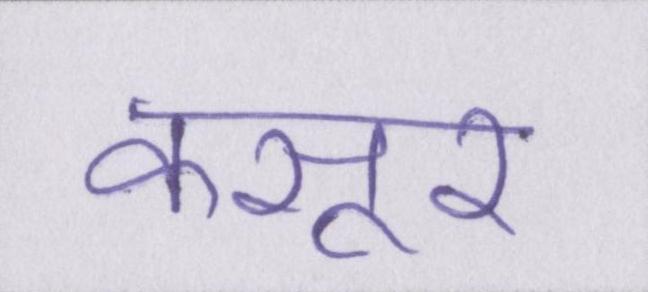
कसूर